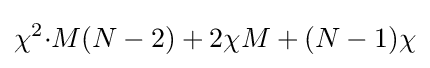
{\chi }^{2}{\cdot }M(N-2)+2{\chi }M+(N-1)\chi